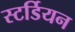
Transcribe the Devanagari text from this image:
स्टर्डियन